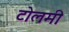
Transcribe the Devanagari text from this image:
टोलमी